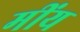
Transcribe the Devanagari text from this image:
मींय